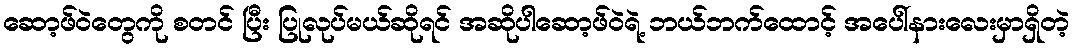
ဆော့ဖ်ဝဲတွေကို စတင် ပြီး ပြုလုပ်မယ်ဆိုရင် အဆိုပါဆော့ဖ်ဝဲရဲ့ ဘယ်ဘက်ထောင့် အပေါ်နားလေးမှာရှိတဲ့